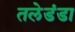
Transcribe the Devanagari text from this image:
तलेडंडा